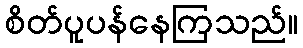
စိတ်ပူပန်နေကြသည်။